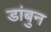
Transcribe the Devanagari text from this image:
डांबुन